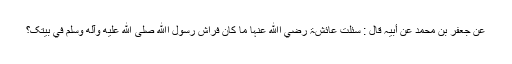
عَنْ جَعْفَرِ بْنِ مُحَمَّدٍ عَنْ أَبِیْہِ قَالَ : سُئِلَتْ عَائِشَۃُ رضي اﷲ عنہا مَا کَانَ فِرَاشُ رَسُوْلِ اﷲِ صلى الله عليه وآله وسلم فِي بَیْتِکَ؟